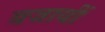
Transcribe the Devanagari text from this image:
बजायीं